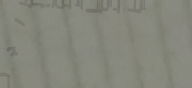
ورشة إصلاح الدراجات الهوا